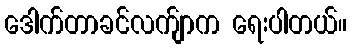
ဒေါက်တာခင်လက်ျာက ရေးပါတယ်။